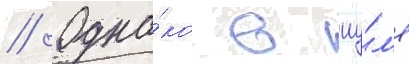
// Одна́ко в иу́л'е